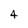
Character: 4